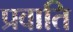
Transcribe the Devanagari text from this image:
प्रवाति